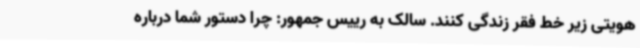
هویتی زیر خط فقر زندگی کنند. سالک به رییس جمهور: چرا دستور شما درباره